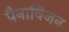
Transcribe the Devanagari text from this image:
पैनाविजन